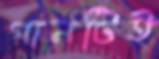
গানটিই